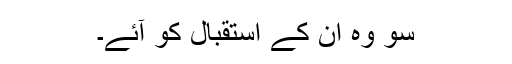
سو وہ اُن کے اِستقبال کو آئے۔